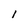
Character: 1